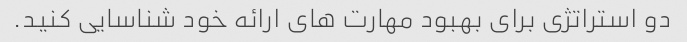
دو استراتژی برای بهبود مهارت های ارائه خود شناسایی کنید.